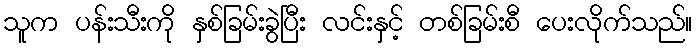
သူက ပန်းသီးကို နှစ်ခြမ်းခွဲပြီး လင်းနှင့် တစ်ခြမ်းစီ ပေးလိုက်သည်။